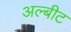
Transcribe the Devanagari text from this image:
अल्बीट